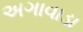
અગાવાડા